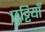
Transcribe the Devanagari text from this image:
छुट्टियाँ